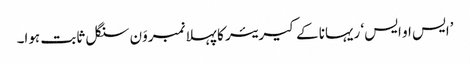
’ایس او ایس‘ ریہانا کے کیریئر کا پہلا نمبروَن سنگل ثابت ہوا۔